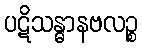
ပဋိသန္ဓာနဗလဉ္စ